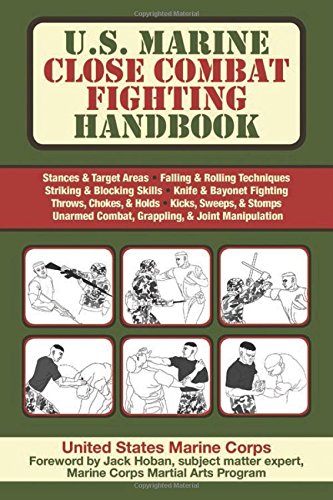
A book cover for U.S. Marine Close Combat Fighting Handbook; United States Marine Corps.; Sports & Outdoors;